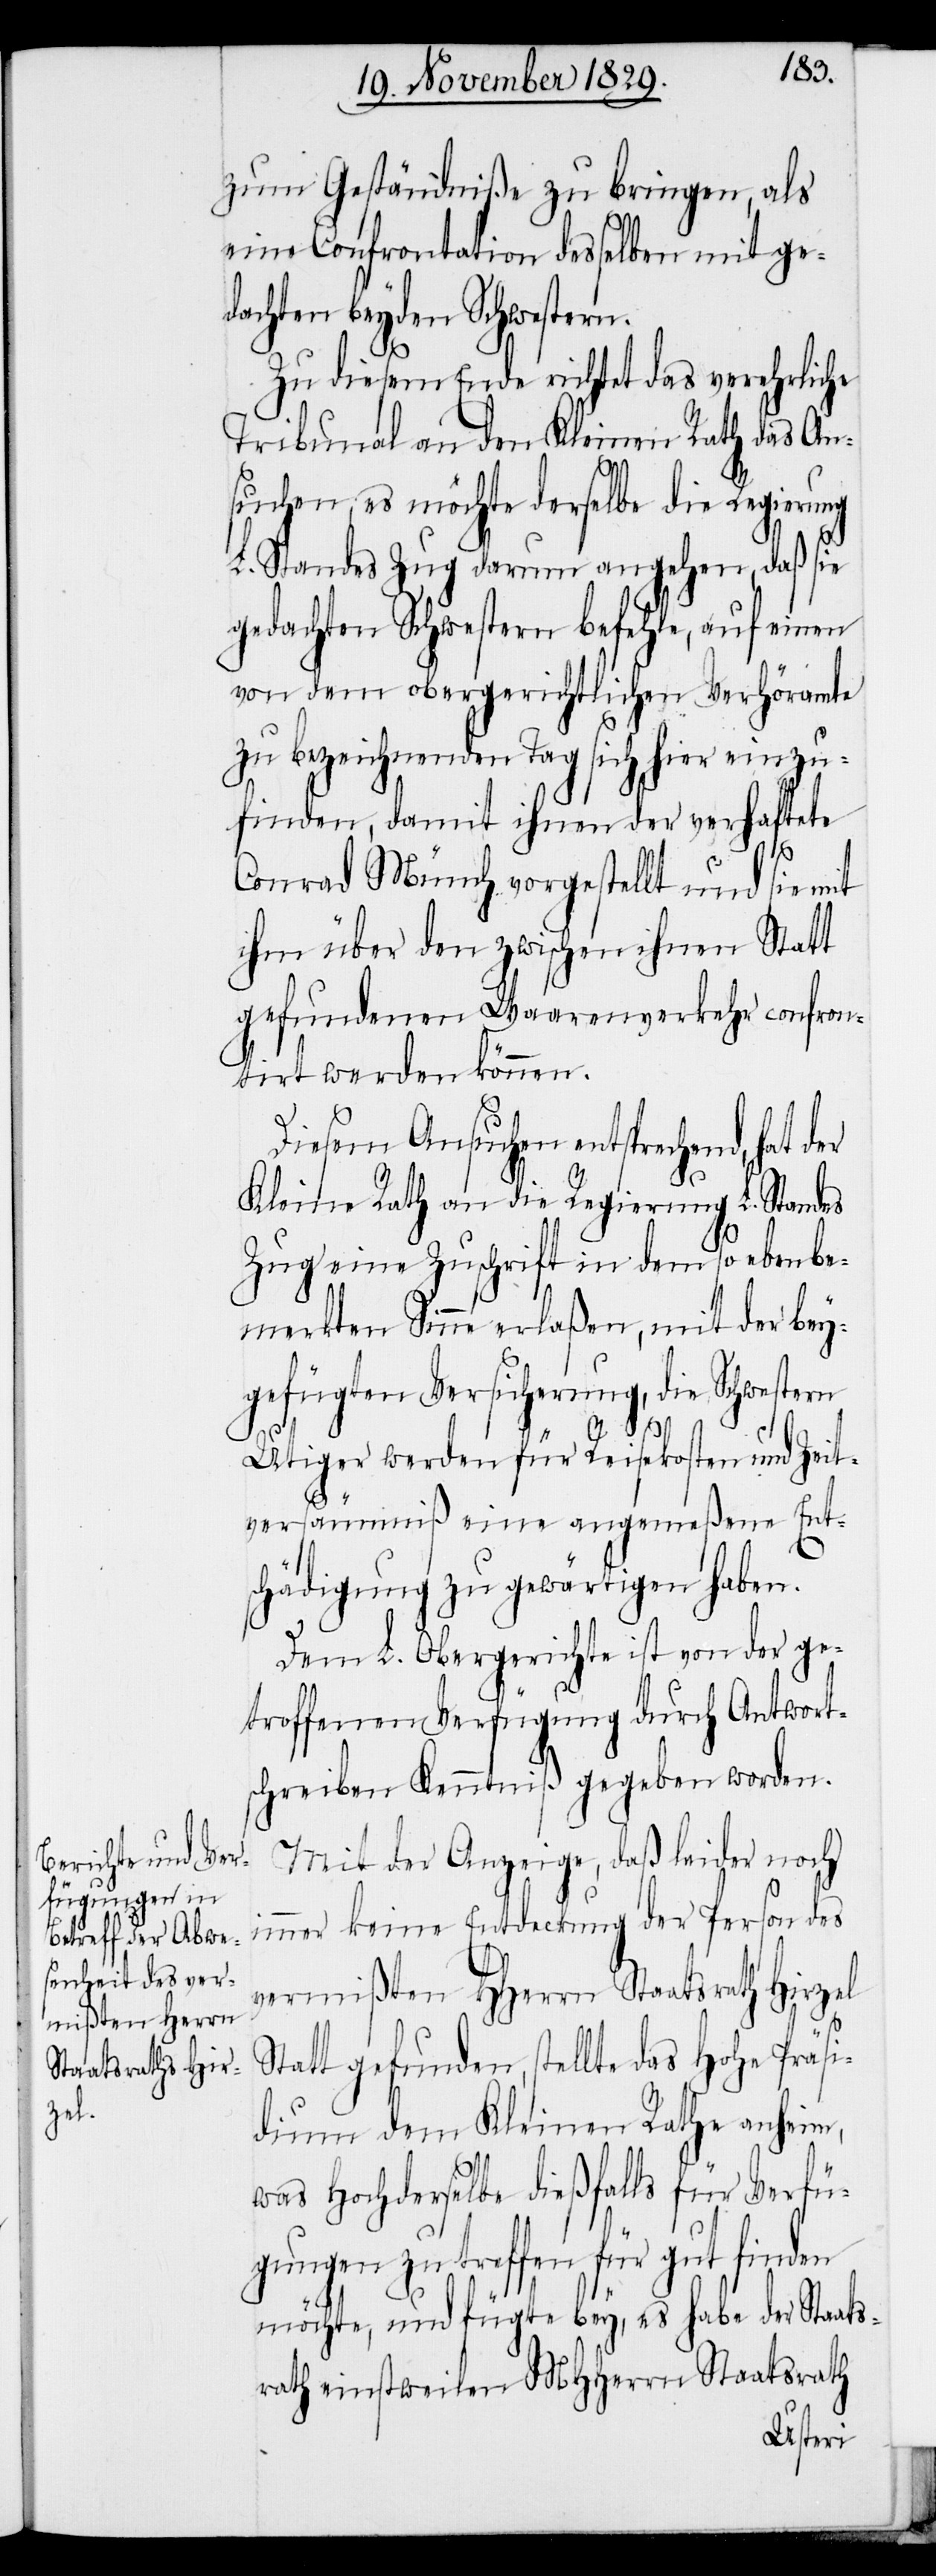
zum Geständniße zu bringen, als
eine Confrontation desselben mit ge¬
dachten beyden Schwestern.
Zu diesem Ende richtet das voreheliche
Tribunal an den Kleinen Rath das An¬
suchen, es möchte derselbe die Regierung
L. Standes Zug darum angehen, daß sie
gedachten Schwestern befehle, auf einen
von dem obergerichtlichen Verhöramte
zu bezeichnenden Tag sich hier einzu¬
finden, damit ihnen der verhaftete
Conrad Münch vorgestellt und sie mit
ihm über den zwischen ihnen Statt
gefundenen Waarenverkehr confron¬
tirt werden können.
Diesem Ansuchen entsprechend,
i¬
Kleine Rath an die Regierung L. Standes
Zug eine Zuschrift in dem so eben be¬
merkten Sinne erlaßen, mit der bey¬
gefügten Versicherung, die Schwestern
Utiger werden für Reisekosten und Zeit¬
versäumniß eine angemeßene Ent¬
schädigung zu gewärtigen haben.
Dem L. Obergerichte ist von der ge¬
troffenen Verfügung durch Antwort¬
schreiben Kenntniß gegeben worden.
Mit der Anzeige, daß leider noch
mmer keine Entdeckung der Person des
vermißten HHerrn Staatsrath Hirzel
Statt gefunden, stellte das Hohe Präsi¬
dium dem Kleinen Rathe anheim,
was Hochderselbe dießfalls für Verfü¬
gungen zu treffen für gut finden
möchte, und fügte bey, es habe der Staats¬
rath einstweilen MHHerrn Staatsrath